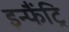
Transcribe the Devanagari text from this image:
इन्फैंट्रि